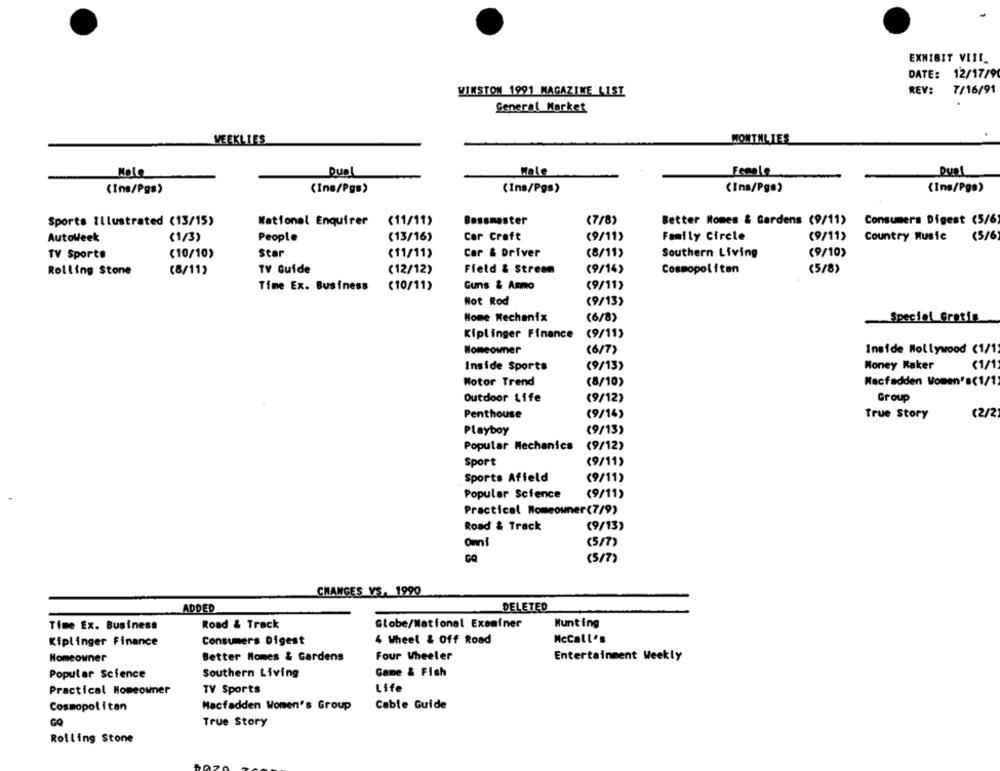
EXHIBIT VIII
DATE:
12/17/90
WINSTON 1991 MAGAZINE LIST
REV:
7/16/91
General Market
WEEKLIES
MONTHLIES
Male
Mole
Dual
Female
(Ins/Pgs)
(Ins/Pgs)
(Ins/Pgs)
(Ins/Pgs)
(Ins/Pg:)
Sports Illustrated (13/15)
National Enquirer
<11/11)
Bassmaster
(7/8)
Better Homes & Gardens (9/11)
Consumers Digest (5/6
Autoweek
(1/3)
People
(13/16)
Cor Croft
(9/11)
Family Circle
(9/11)
Country Music
(5/6)
TV Sport#
(10/10)
Star
(11/11)
Car & Driver
(8/11)
Southern Living
(9/10)
(8/11)
TV Guide
(12/12)
Field & Stream
(9/16)
Cosmopolitan
(5/8)
Rolling Stone
Time Ex. Business
Guns & Armo
(9/11)
(10/11)
Hot Rod
(9/13)
Home Mechanix
(6/8)
Special Gratis
Kiplinger Finance
(9/11)
Homeowner
(6/7)
Inside Hollywood (1/1
Inside Sports
(9/13)
Money Maker
<1/1
Motor Trend
(8/10)
Macfadden Women's(1/1
Outdoor Life
(9/12)
Group
Penthouse
(9/14)
True Story
Playboy
(9/13)
Popular Mechanics
(9/12)
Sport
(9/11)
Sports Afield
(9/11)
Popular Science
(9/11)
Practical Homeowner (7/9)
Road & Track
(9/13)
omnf
(5/7)
(5/7)
CHANGES VS. 1990
ADDED
DELETED
Road & Track
Globe/National Examiner
Munting
Time Ex. Business
Consumers Digest
4 Wheel & Off Road
Mccall's
Kiplinger Finance
Four Wheeler
Homeowner
Better Homes & Gardens
Entertainment Weekly
Game & Fish
Popular Science
Southern Living
Practical Homeowner
TV Sports
Life
Cosmopolitan
Macfadden Women's Group
Cable Guide
GQ
True Story
Rolling Stone